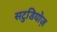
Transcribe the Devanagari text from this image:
सटुडियोज़